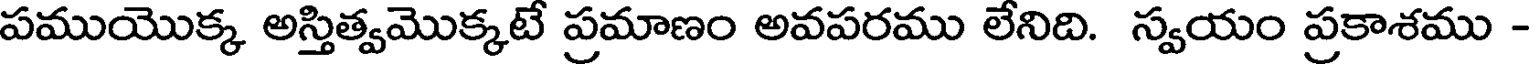
పముయొక్క అస్తిత్వమొక్కటే ప్రమాణం అవపరము లేనిది. స్వయం ప్రకాశము -